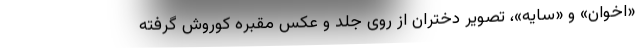
«اخوان» و «سایه»، تصویر دختران از روی جلد و عکس مقبره کوروش گرفته